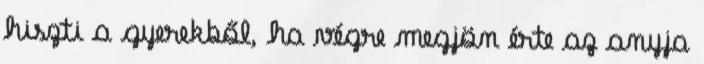
hiszti a gyerekből, ha végre megjön érte az anyja